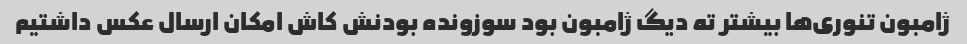
ژامبون تنوری‌ها بیشتر ته دیگ ژامبون بود سوزونده بودنش کاش امکان ارسال عکس داشتیم